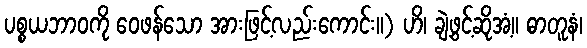
ပစ္စယဘာဝကို ဝေဖန်သော အားဖြင့်လည်းကောင်း။) ဟိ၊ ချဲ့ဖွင့်ဆိုအံ့။ ဓာတူနံ၊